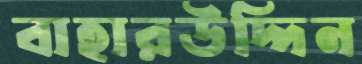
বাহারউদ্দিন